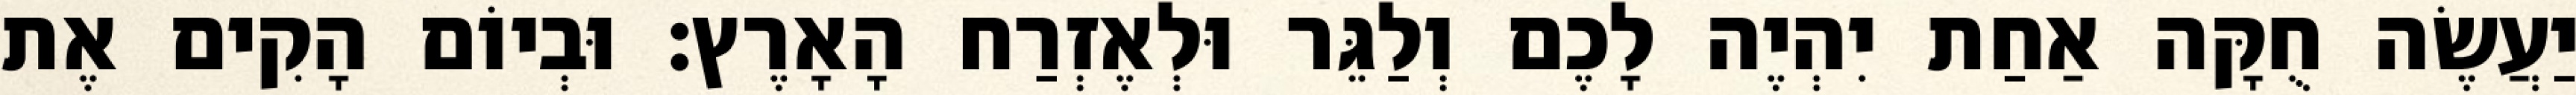
יַעֲשֶׂה חֻקָּה אַחַת יִהְיֶה לָכֶם וְלַגֵּר וּלְאֶזְרַח הָאָרֶץ׃ וּבְיוֹם הָקִים אֶת